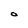
Character: O